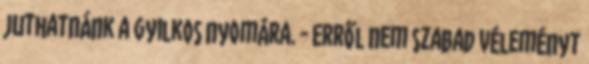
juthatnánk a gyilkos nyomára. - Erről nem szabad véleményt